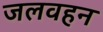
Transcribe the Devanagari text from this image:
जलवहन